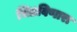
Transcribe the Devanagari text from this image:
भिडविणारा